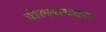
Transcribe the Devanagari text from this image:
पोल्लाथवन